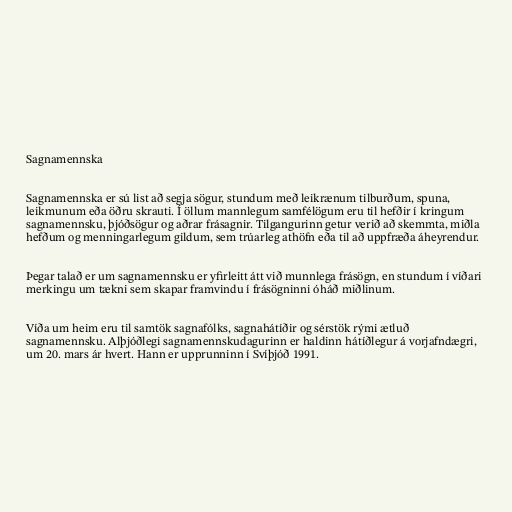
Sagnamennska

Sagnamennska er sú list að segja sögur, stundum með leikrænum tilburðum, spuna,
leikmunum eða öðru skrauti. Í öllum mannlegum samfélögum eru til hefðir í kringum
sagnamennsku, þjóðsögur og aðrar frásagnir. Tilgangurinn getur verið að skemmta, miðla
hefðum og menningarlegum gildum, sem trúarleg athöfn eða til að uppfræða áheyrendur.

Þegar talað er um sagnamennsku er yfirleitt átt við munnlega frásögn, en stundum í víðari
merkingu um tækni sem skapar framvindu í frásögninni óháð miðlinum.

Víða um heim eru til samtök sagnafólks, sagnahátíðir og sérstök rými ætluð
sagnamennsku. Alþjóðlegi sagnamennskudagurinn er haldinn hátíðlegur á vorjafndægri,
um 20. mars ár hvert. Hann er upprunninn í Svíþjóð 1991.